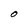
Character: O